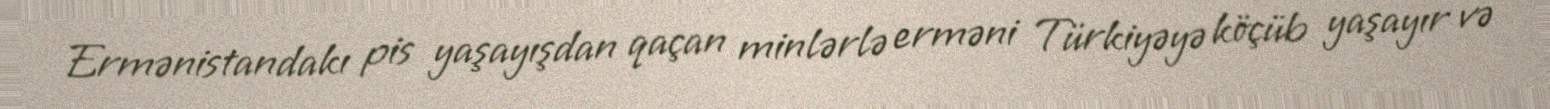
Ermənistandakı pis yaşayışdan qaçan minlərlə erməni Türkiyəyə köçüb yaşayır və